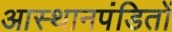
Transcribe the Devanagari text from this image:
आस्थानपंडितों